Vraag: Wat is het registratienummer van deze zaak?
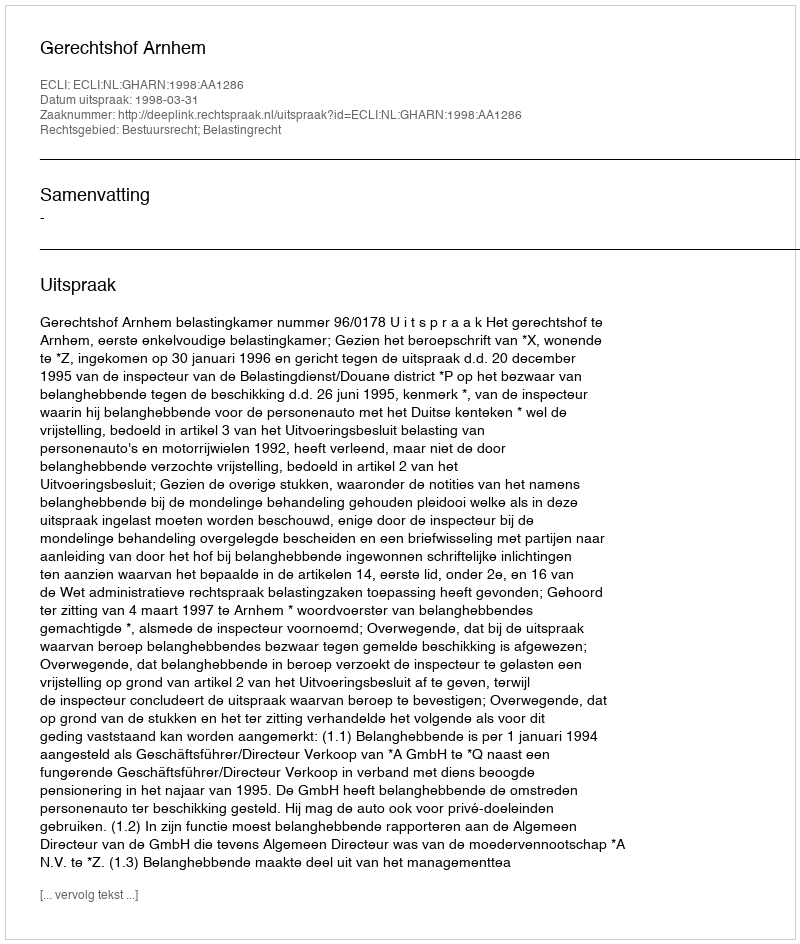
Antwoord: http://deeplink.rechtspraak.nl/uitspraak?id=ECLI:NL:GHARN:1998:AA1286